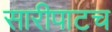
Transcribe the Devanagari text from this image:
सारीपाटच